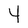
Character: Y